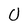
Character: 0